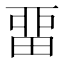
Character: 畱